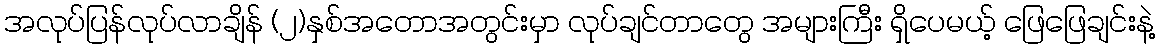
အလုပ်ပြန်လုပ်လာချိန် (၂)နှစ်အတောအတွင်းမှာ လုပ်ချင်တာတွေ အများကြီး ရှိပေမယ့် ဖြေဖြေချင်းနဲ့